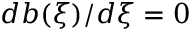
d b ( \xi ) / d \xi = 0